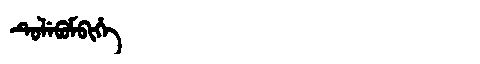
Manchu: ᡨᡠᠯᡝᠪᡠᠮᠪᡳᡥᡝ
Romanization: TULEBUMBIHE